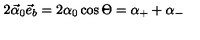
2 \vec { \alpha } _ { 0 } \vec { e } _ { b } = 2 \alpha _ { 0 } \cos \Theta = \alpha _ { + } + \alpha _ { - }